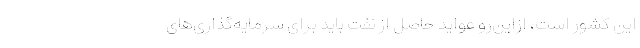
این کشور است، ازاین‌رو عواید حاصل از نفت باید برای سرمایه‌گذاری‌های